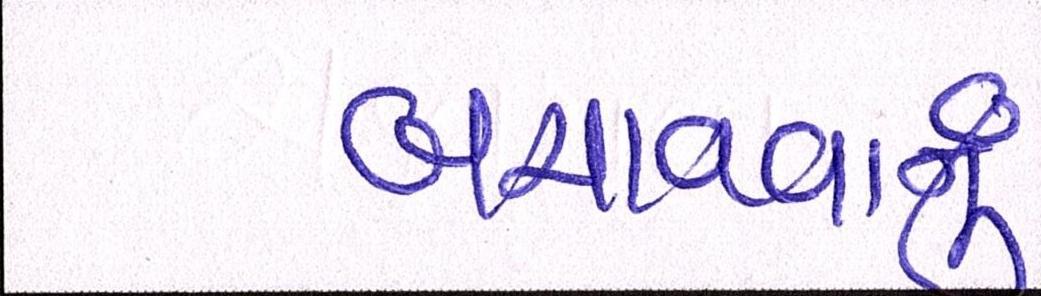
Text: બચાવવાનું